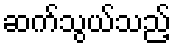
ဆက်သွယ်သည့်